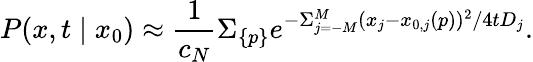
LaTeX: P(x,t\mid x_{0})\approx{\frac{1}{c_{N}}}\Sigma_{\{ p\} }e^{-\Sigma_{j=-M}^{M}(x_{j}-x_{0,j}(p))^{2}/4tD_{j}}.